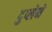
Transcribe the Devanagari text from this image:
दुप्लेने